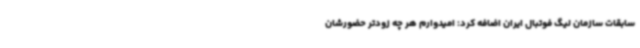
سابقات سازمان لیگ فوتبال ایران اضافه کرد: امیدوارم هر چه زودتر حضورشان